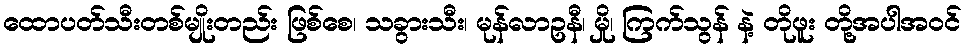
ထောပတ်သီးတစ်မျိုးတည်း ဖြစ်စေ၊ သခွားသီး၊ မုန်လာဥနီ၊ မှို၊ ကြက်သွန် နဲ့ တိုဖူး တို့အပါအဝင်